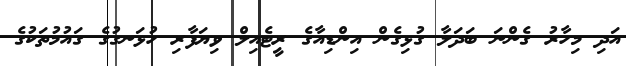
އަދި މިހާރު ގެންނަ ބަދަލާ ގުޅިގެން އިންޑިއާގެ ރީޓެއިލް ވިޔަފާރި ހުޅަނގުގެ ގައުމުތަކުގެ